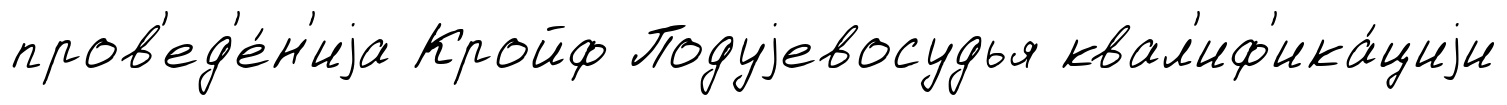
пров'ед'е́н'иjа Кройф Подуjевосудья квал'иф'ика́циjи